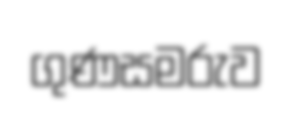
ගුණසමරුව